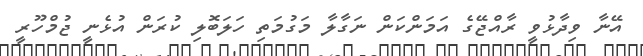
އޭނާ ވިދާޅުވީ ރާއްޖޭގެ އަމަންކަން ނަގާލާ މަގުމަތި ހަލަބޮލި ކުރަން އުޅެނީ ޖުމްހޫރީ